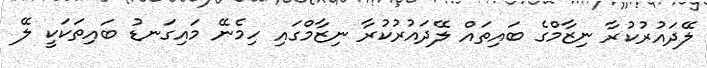
ލޭދައުރުކުރާ ނިޒާމްގެ ބައިތައް ލޭދައުރުކުރާ ނިޒާމްގައި ހިމެނޭ މައިގަނޑު ބައިތަކަކީ ލޭ